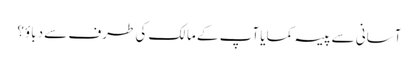
آسانی سے پیسہ کمایا آپ کے مالک کی طرف سے دباؤ؟